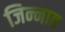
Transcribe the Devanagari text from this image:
जिन्‍नात